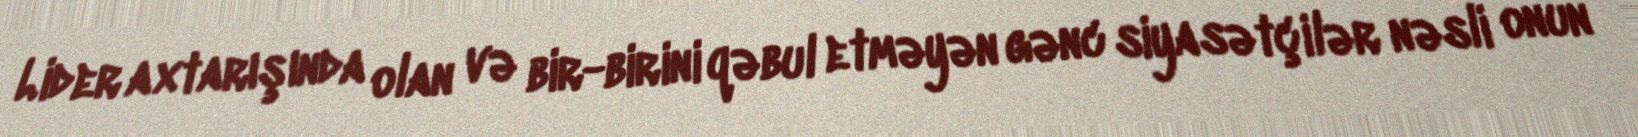
Lider axtarışında olan və bir-birini qəbul etməyən gənc siyasətçilər nəsli onun